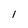
Character: 1